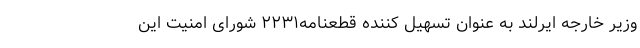
وزیر خارجه ایرلند به عنوان تسهیل کننده قطعنامه۲۲۳۱ شورای امنیت این